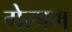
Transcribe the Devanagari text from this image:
गेलाम